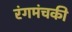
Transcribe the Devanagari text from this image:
रंगमंचकी